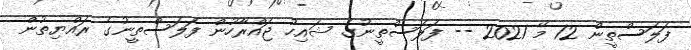
ފަލަސްތީން 12 މޭ 2021 -- ފަލަސްތީނުގެ ޝައިހު ޖައްރާހުން ފަލަސްތީނުގެ ރައްޔިތުން